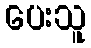
ပေးသူ